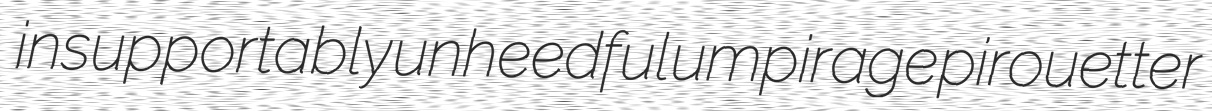
insupportably unheedful umpirage pirouetter